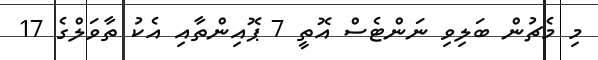
މި މެޗުން ބަލިވި ނަންޓެސް އޮތީ 7 ޕޮއިންތާއި އެކު ތާވަލްގެ 17